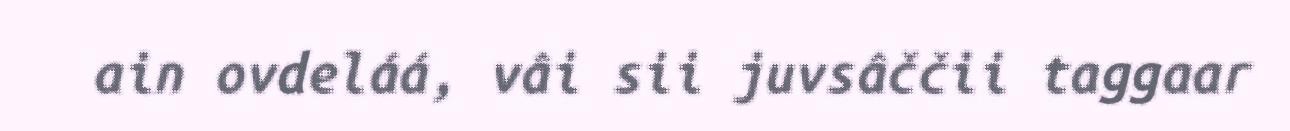
ain ovdeláá, vâi sii juvsâččii taggaar